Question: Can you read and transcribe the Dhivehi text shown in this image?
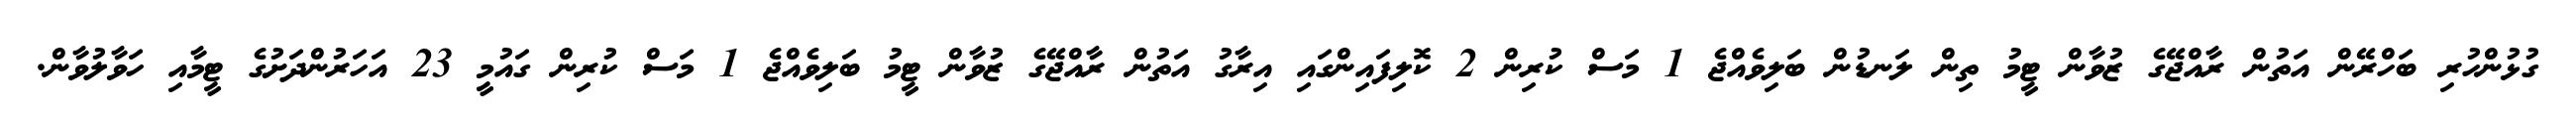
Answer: ގުޅުންހުރި ބަހްރޭން އަތުން ރާއްޖޭގެ ޒުވާން ޓީމު ތިން ލަނޑުން ބަލިވެއްޖެ 1 މަސް ކުރިން 2 ކޮލިފައިންގައި އިރާގު އަތުން ރާއްޖޭގެ ޒުވާން ޓީމު ބަލިވެއްޖެ 1 މަސް ކުރިން ގައުމީ 23 އަހަރުންދަށުގެ ޓީމާއި ހަވާލުވާން.